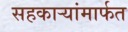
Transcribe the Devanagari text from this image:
सहकाऱ्यांमार्फत